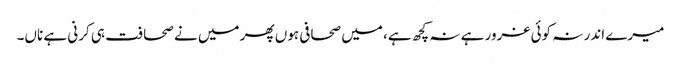
میرے اندر نہ کوئی غرور ہے نہ کچھ ہے، میں صحافی ہوں پھر میں نے صحافت ہی کرنی ہے ناں۔